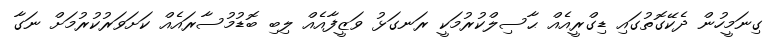
ގިނަމީހުން ދެކޭގޮތުގައި ޑިގްރީއެއް ޙާސިލްކުރުމަކީ ރަނގަޅު ވަޒީފާއެއް ލިބި ބޮޑުމުސާރައެއް ކަށަވަރުކުރުމަށް ނަގާ